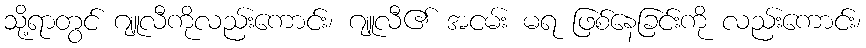
သို့ရာတွင် ဂျူလီကိုလည်းကောင်း၊ ဂျူလီ၏ အငမ်း မရ ဖြစ်နေခြင်းကို လည်းကောင်း၊